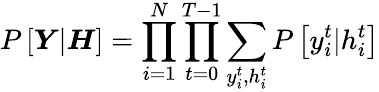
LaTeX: P\left[\boldsymbol{Y}|\boldsymbol{H}\right]=\prod_{i=1}^{N}\prod_{t=0}^{T-1}\sum_{y_{i}^{t},h_{i}^{t}}P\left[y_{i}^{t}|h_{i}^{t}\right]